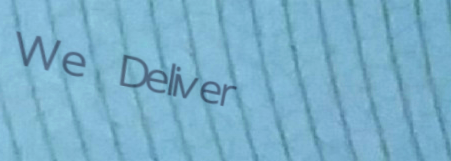
We Deliver